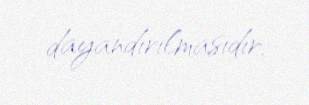
dayandırılmasıdır.